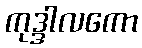
ကုဒ္ဒါလကော